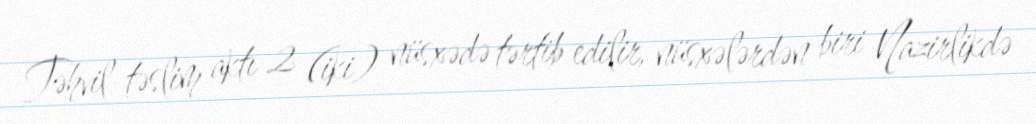
Təhvil-təslim aktı 2 (iki) nüsxədə tərtib edilir, nüsxələrdən biri Nazirlikdə